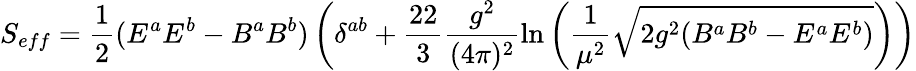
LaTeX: S_{eff}=\frac{1}{2}(E^{a}E^{b}-B^{a}B^{b})\left(\delta^{ab}+\frac{22}{3}\frac{g^{2}}{(4\pi)^{2}}\ln\left(\frac{1}{\mu^{2}}\sqrt{2g^{2}(B^{a}B^{b}-E^{a}E^{b})}\right)\right)